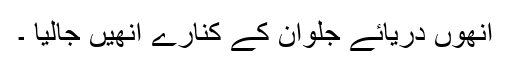
انھوں دریائے جلوان کے کنارے انھیں جالیا ۔